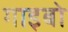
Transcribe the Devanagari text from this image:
गाइबो